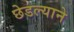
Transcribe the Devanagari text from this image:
छेडल्याने